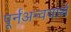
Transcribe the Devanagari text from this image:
पूर्नअन्वयार्थ